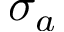
\sigma _ { a }